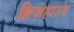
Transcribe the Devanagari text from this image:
ब्रिजहाउस